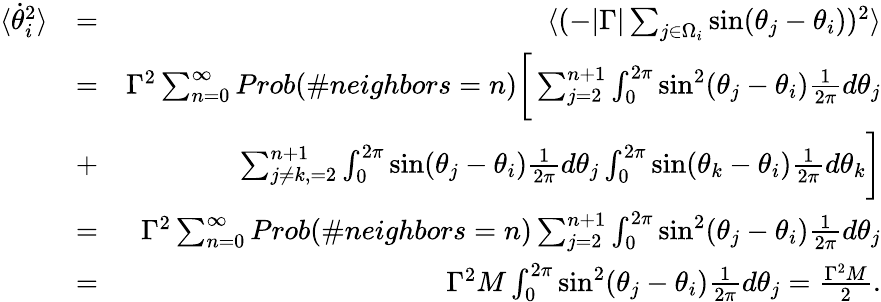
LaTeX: \begin{array}{rlr}{\langle\dot{\theta}_{i}^{2}\rangle}&{=}&{\langle(-|\Gamma|\sum_{j\in\Omega_{i}}\sin(\theta_{j}-\theta_{i}))^{2}\rangle}\\ &{=}&{\Gamma^{2}\sum_{n=0}^{\infty}Prob(\# neighbors=n)\bigg[\sum_{j=2}^{n+1}\int_{0}^{2\pi}\sin^{2}(\theta_{j}-\theta_{i})\frac{1}{2\pi}d\theta_{j}}\\ &{+}&{\sum_{j\neq k,=2}^{n+1}\int_{0}^{2\pi}\sin(\theta_{j}-\theta_{i})\frac{1}{2\pi}d\theta_{j}\int_{0}^{2\pi}\sin(\theta_{k}-\theta_{i})\frac{1}{2\pi}d\theta_{k}\bigg]}\\ &{=}&{\Gamma^{2}\sum_{n=0}^{\infty}Prob(\# neighbors=n)\sum_{j=2}^{n+1}\int_{0}^{2\pi}\sin^{2}(\theta_{j}-\theta_{i})\frac{1}{2\pi}d\theta_{j}}\\ &{=}&{\Gamma^{2}M\int_{0}^{2\pi}\sin^{2}(\theta_{j}-\theta_{i})\frac{1}{2\pi}d\theta_{j}=\frac{\Gamma^{2}M}{2}.}\end{array}